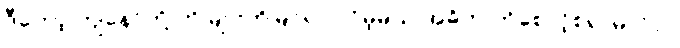
ဒီတော့ ကျနော်တို့ ကို များကိုမြင်ရပါလိမ့်မယ် အဓိက ကိုစောင့်စရာမလိုပဲ။